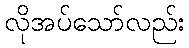
လိုအပ်သော်လည်း